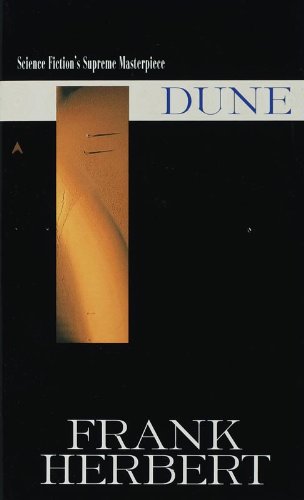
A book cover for Dune; Frank Herbert; Science Fiction & Fantasy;